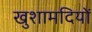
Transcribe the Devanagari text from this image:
खुशामदियों